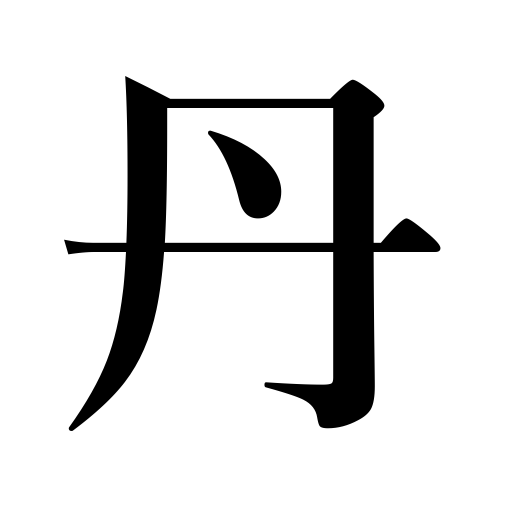
Meanings: red,red lead,pills